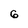
Character: 6